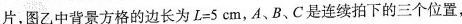
片，图乙中背景方格的边长为$$L = 5 c m$$，A、B、C是连续拍下的三个位置，